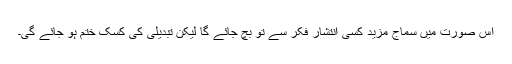
اس صورت میں سماج مزید کسی انتشار فکر سے تو بچ جائے گا لیکن تبدیلی کی کسک ختم ہو جائے گی۔